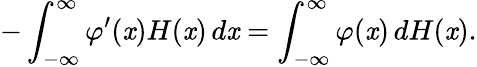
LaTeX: -\int_{-\infty}^{\infty}\varphi^{\prime}(\mathit{x})H(\mathit{x})\, d\mathit{x}=\int_{-\infty}^{\infty}\varphi(\mathit{x})\, dH(\mathit{x}).